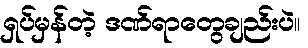
ရှပ်မှန်တဲ့ ဒဏ်ရာတွေချည်းပဲ။